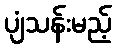
ပျံသန်းမည့်